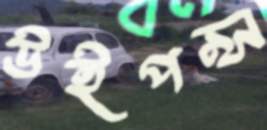
উইপন্স